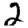
Digit: 2